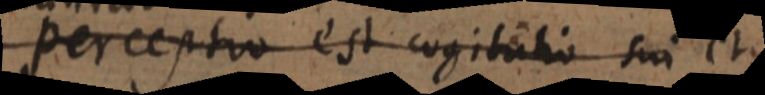
Perceptio est cogitatio sui et